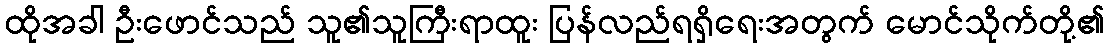
ထိုအခါ ဦးဖောင်သည် သူ၏သူကြီးရာထူး ပြန်လည်ရရှိရေးအတွက် မောင်သိုက်တို့၏